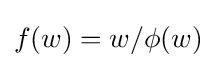
f(w)=w/\phi (w)